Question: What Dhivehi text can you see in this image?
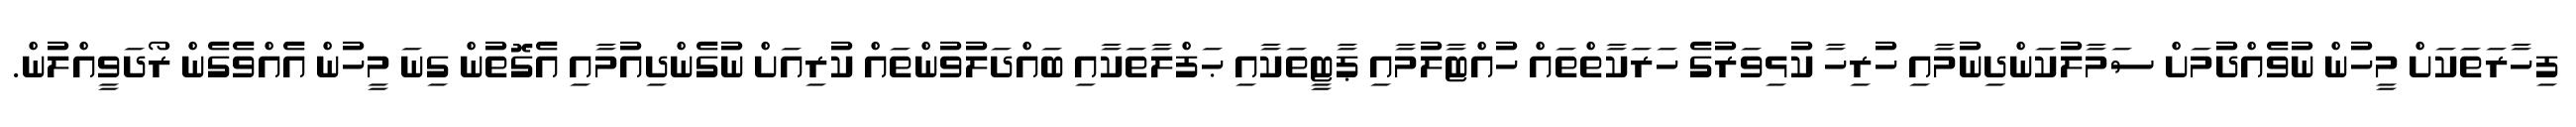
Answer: ފިހާރަތަކަށް މީހުން ނުވެއްދުމަށް ސަމާލުކަންދިނުމާއި ހުރިހާ ކުޅިވަރުގެ ހަރަކާތްތައް ހުއްޓާލުމާއި ޕާޓީތަކާއި ޙަފްލާތަކާއި ބައްދަލުވުންތައް ކުރިއަށް ނުގެންދިއުމާއި އެގޮތުން ގިނަ މީހުން އެއްވެގެން ރޯދަވީއްލުން.